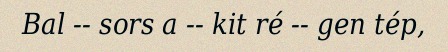
Bal -- sors a -- kit ré -- gen tép,